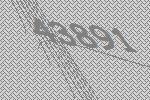
43891